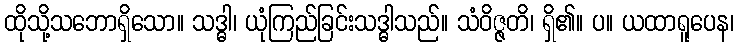
ထိုသို့သဘောရှိသော။ သဒ္ဓါ၊ ယုံကြည်ခြင်းသဒ္ဓါသည်။ သံဝိဇ္ဇတိ၊ ရှိ၏။ ပ။ ယထာရူပေန၊